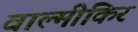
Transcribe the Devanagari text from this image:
वाल्मीकिर